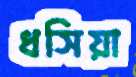
ধসিয়া